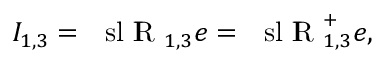
I _ { 1 , 3 } = \mathrm { ~ { \ s l ~ I \! \! R } ~ } _ { 1 , 3 } e = \mathrm { ~ { \ s l ~ I \! \! R } ~ } _ { 1 , 3 } ^ { + } e ,